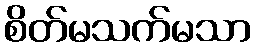
စိတ်မသက်မသာ